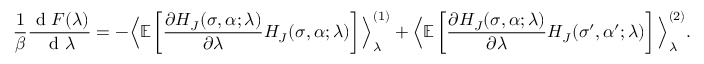
\frac { 1 } { \beta } \frac { \textrm { d } F ( \lambda ) } { \textrm { d } \lambda } = - \Big < \mathbb { E } \left[ \frac { \partial H _ { J } ( \sigma , \alpha ; \lambda ) } { \partial \lambda } H _ { J } ( \sigma , \alpha ; \lambda ) \right] \Big > _ { \lambda } ^ { ( 1 ) } + \Big < \mathbb { E } \left[ \frac { \partial H _ { J } ( \sigma , \alpha ; \lambda ) } { \partial \lambda } H _ { J } ( \sigma ^ { \prime } , \alpha ^ { \prime } ; \lambda ) \right] \Big > _ { \lambda } ^ { ( 2 ) } .